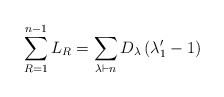
\begin{align*}\sum_{R=1}^{n-1} L_R = \sum_{\lambda \vdash n } D_{\lambda} \left( \lambda_1' -1 \right)\end{align*}